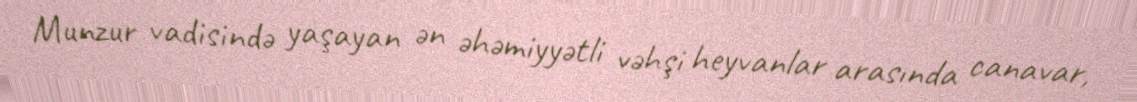
Munzur vadisində yaşayan ən əhəmiyyətli vəhşi heyvanlar arasında canavar,